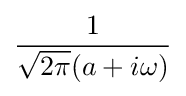
{\frac {1}{{\sqrt {2\pi }}(a+i\omega )}}